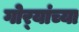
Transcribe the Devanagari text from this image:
गोर्‍यांच्या